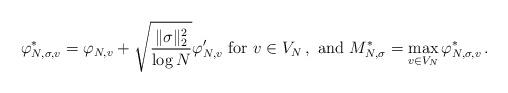
LaTeX: \begin{align*}\varphi^*_{N, \sigma, v} =\varphi_{N, v} + \sqrt{\frac{\|\sigma\|_2^2}{\log N}} \varphi'_{N, v} \mbox{ for } v\in V_N\,, \mbox{ and } M^*_{N, \sigma} = \max_{v\in V_N} \varphi^*_{N, \sigma, v}\,. \end{align*}